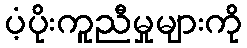
ပံ့ပိုးကူညီမှုများကို